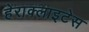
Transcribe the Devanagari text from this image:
हेराक्लाइटेस